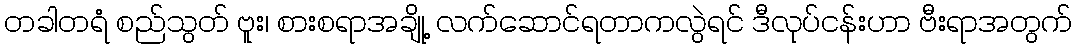
တခါတရံ စည်သွတ် ဗူး၊ စားစရာအချို့ လက်ဆောင်ရတာကလွဲရင် ဒီလုပ်ငန်းဟာ ဗီးရာအတွက်